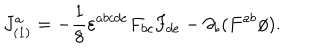
J _ { ( 1 ) } ^ { a } = - \frac { 1 } { 8 } \varepsilon ^ { a b c d e } F _ { b c } F _ { d e } - \partial _ { b } ( F ^ { a b } \phi ) .